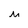
Character: M